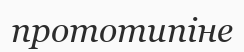
прототипіне